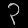
Digit: ၃